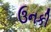
ઉનકી